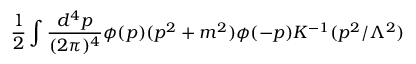
{ \frac { 1 } { 2 } } \int { \frac { d ^ { 4 } p } { ( 2 \pi ) ^ { 4 } } } \phi ( p ) ( p ^ { 2 } + m ^ { 2 } ) \phi ( - p ) K ^ { - 1 } ( p ^ { 2 } / \Lambda ^ { 2 } )